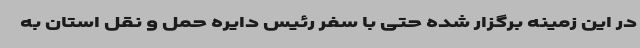
در این زمینه برگزار شده حتی با سفر رئیس دایره حمل و نقل استان به